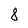
Character: 8